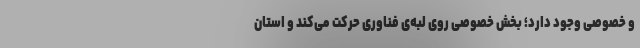
و خصوصی وجود دارد؛ بخش خصوصی روی لبه‌ی فناوری حرکت می‌کند و استان